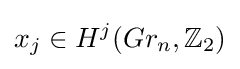
x_{j}\in H^{j}(Gr_{n},\mathbb {Z} _{2})